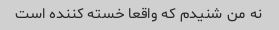
نه من شنیدم که واقعا خسته کننده است